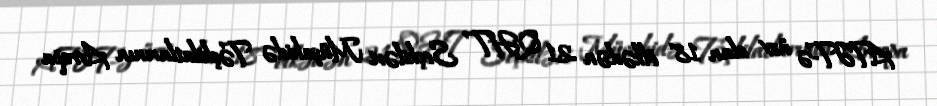
ATƏT-ə üzv olan 18 ölkədən 21 QHT Seçkiləri Müşahidə Təşkilatlarının Avropa